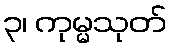
၃၊ ကုမ္မသုတ်